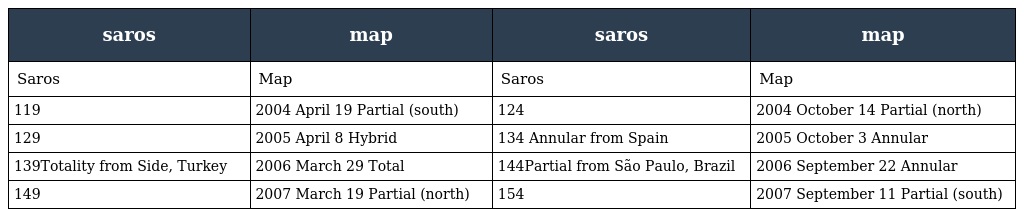
| saros | map | saros | map |
 | --- | --- | --- | --- |
 | Saros | Map | Saros | Map |
 | 119 | 2004 April 19 Partial (south) | 124 | 2004 October 14 Partial (north) |
 | 129 | 2005 April 8 Hybrid | 134 Annular from Spain | 2005 October 3 Annular |
 | 139Totality from Side, Turkey | 2006 March 29 Total | 144Partial from São Paulo, Brazil | 2006 September 22 Annular |
 | 149 | 2007 March 19 Partial (north) | 154 | 2007 September 11 Partial (south) |